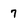
Character: 7